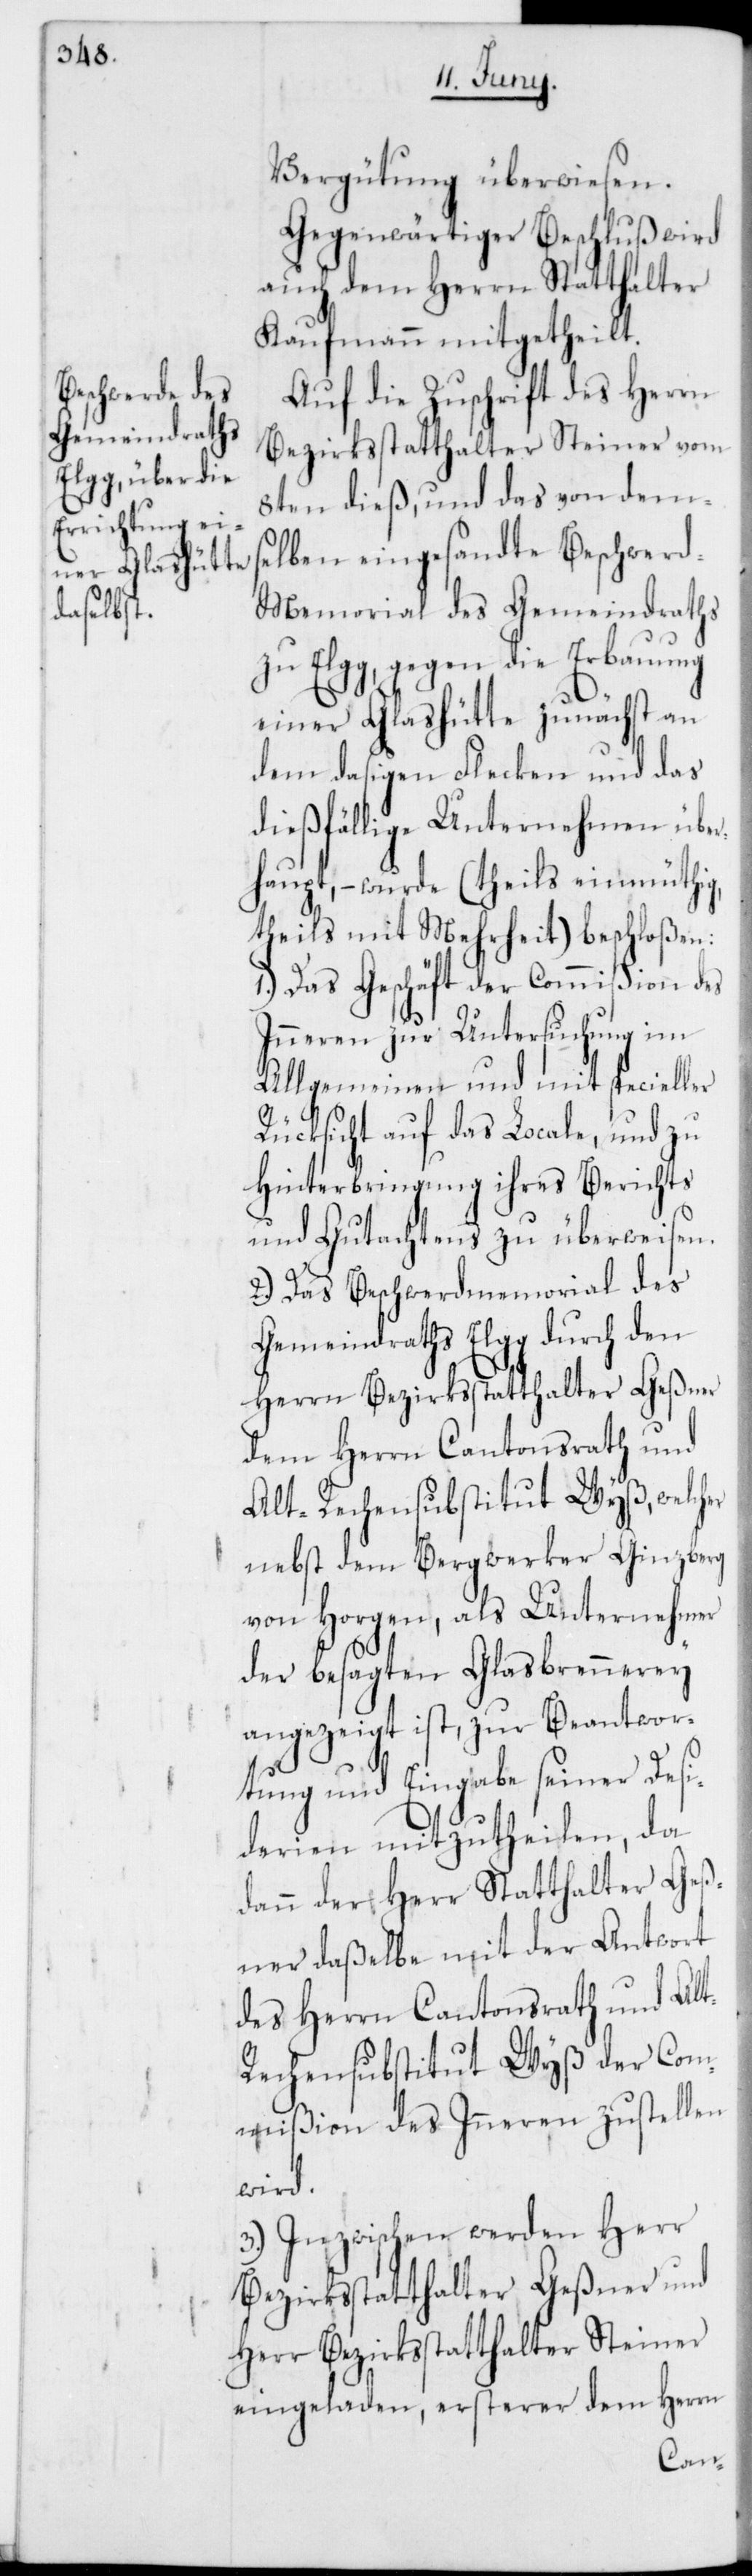
Vergütung überwiesen.
Gegenwärtiger Beschluß wird
auch dem Herrn Statthalter
Kaufmann mitgetheilt.
Auf die Zuschrift des Herrn
Bezirksstatthalter Steiner vom
8ten dieß, und das von dems¬
elben eingesandte Beschwer¬
d-Memorial des Gemeindraths
zu Elgg, gegen die Erbauung
einer Glashütte zunächst an
dem dasigen Flecken und das
dießfällige Unternehmen über¬
haupt, – wurde (theils einmüthig,
theils mit Mehrheit) beschloßen:
1.) Das Geschäft der Commißion des
Inneren zur Untersuchung im
Allgemeinen und mit specieller
Rücksicht auf das Locale, und zu
Hinterbringung ihres Berichts
und Gutachtens zu überweisen.
2.) Das Beschwerdmemorial des
Gemeindraths Elgg durch den
Herrn Bezirksstatthalter Geßner
dem Herrn Cantonsrath und
Alt-Rechensubstitut Wyß, welcher
nebst dem Bergwerker Ginzberg
von Horgen, als Unternehmer
der besagten Glasbrennerey
angezeigt ist, zur Beantwor¬
tung und Eingabe seiner Desi¬
derien mitzutheilen, da
dann der Herr Statthalter Geß¬
ner daßelbe mit der Antwort
des Herrn Cantonsrath und Al¬
t-Rechensubstitut Wyß der Com¬
mißion des Inneren zustellen
wird.
3.) Inzwischen werden Herr
Bezirksstatthalter Geßner und
Herr Bezirksstatthalter Steiner
eingeladen, ersterer dem Herrn